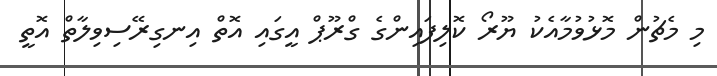
މި މެޗުން މޮޅުވުމާއެކު ޔޫރޯ ކޮލިފައިންގެ ގްރޫޕް އީގައި އޮތް އިނގިރޭސިވިލާތް އޮތީ